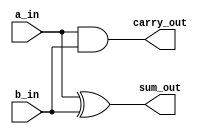
`timescale 1ns / 1ps
/*
Adds 2 bits a_in & b_in and produces sum_out & carry_out as Outputs
*/
module half_adder(sum_out,carry_out,a_in,b_in);
    output sum_out,carry_out;
    input a_in,b_in;
    
    /*
    and a1(carry_out,a_in,b_in);
    not i1 (Cbar,carry_out);
    or o1 (p, a_in,b_in);
    and a2 (sum_out,Cbar,p);
    */
    
    assign sum_out = a_in ^ b_in;
    assign carry_out = a_in & b_in;
endmodule